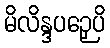
မိလိန္ဒပဉှေပိ